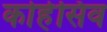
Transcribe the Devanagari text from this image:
कोहेसिव